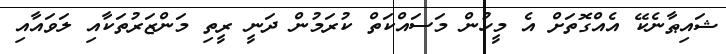
ޝައިޠާނެކޭ އެއްގޮތަށް އެ މީހުން މަސައްކަތް ކުރަމުން ދަނީ ރީތި މަންޒަރުތަކާއި ލަވައާއި